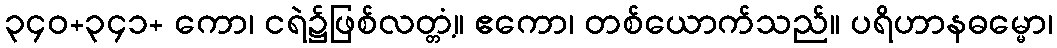
၃၄၀+၃၄၁+ ကော၊ ငရဲ၌ဖြစ်လတ္တံ့။ ဧကော၊ တစ်ယောက်သည်။ ပရိဟာနဓမ္မော၊